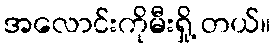
အလောင်းကိုမီးရှို့ တယ်။